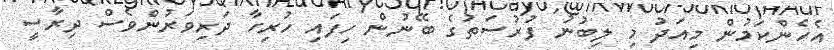
އެހެންކަމުން މިއަދު މި ލިބުނު ފުރުސަތުގެ ބޭނުން ހިފައި ހުރިހާ ދަރިވަރުންވެސް ދިރާސީ